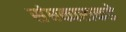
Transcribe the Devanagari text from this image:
संघकाराकडे